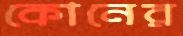
কোনের